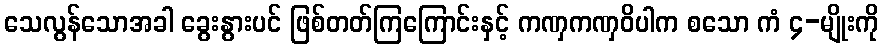
သေလွန်သောအခါ ခွေးနွားပင် ဖြစ်တတ်ကြကြောင်းနှင့် ကဏှကဏှဝိပါက စသော ကံ ၄-မျိုးကို